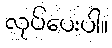
လုပ်ပေးပါ။